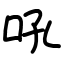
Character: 吼